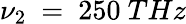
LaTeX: \nu_{2}~=~250~THz